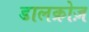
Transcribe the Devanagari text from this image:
डालक्रोज़